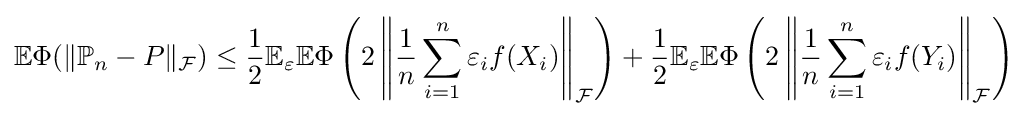
\mathbb {E} \Phi (\|\mathbb {P} _{n}-P\|_{\mathcal {F}})\leq {\dfrac {1}{2}}\mathbb {E} _{\varepsilon }\mathbb {E} \Phi \left(2\left\|{\dfrac {1}{n}}\sum _{i=1}^{n}\varepsilon _{i}f(X_{i})\right\|_{\mathcal {F}}\right)+{\dfrac {1}{2}}\mathbb {E} _{\varepsilon }\mathbb {E} \Phi \left(2\left\|{\dfrac {1}{n}}\sum _{i=1}^{n}\varepsilon _{i}f(Y_{i})\right\|_{\mathcal {F}}\right)